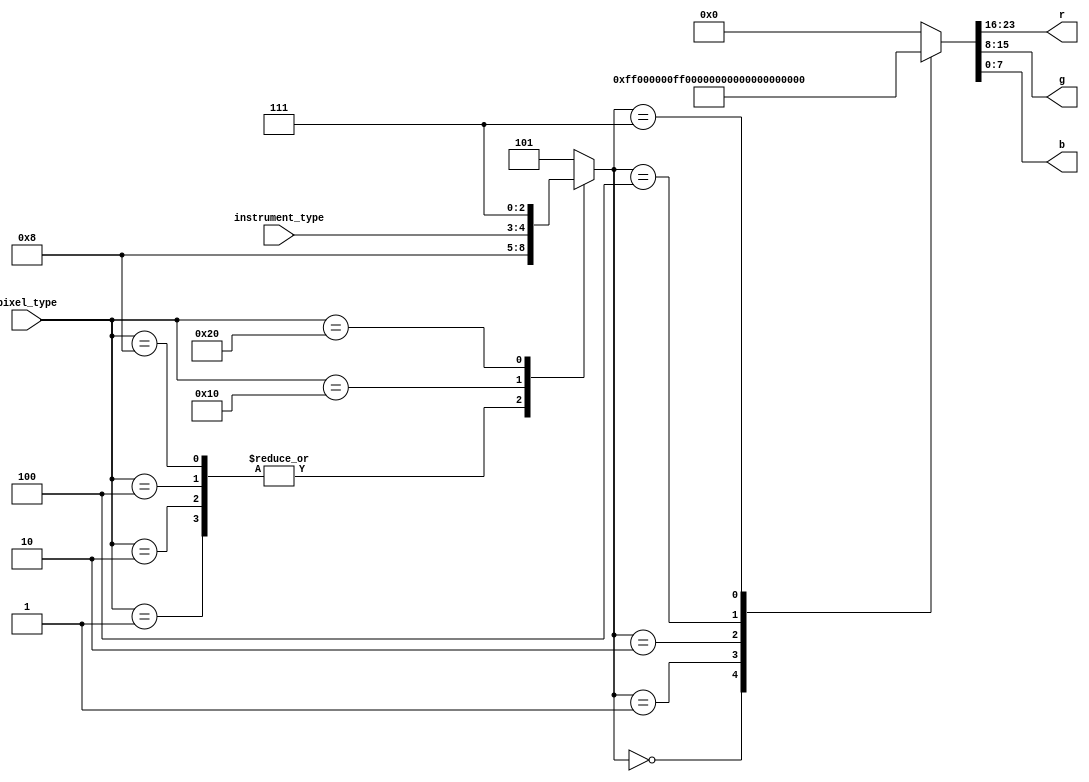
module color (
    input wire [1:0] instrument_type,
    input wire [5:0] pixel_type,
    output reg [7:0] r, g, b
);

reg [2:0] color_choice;

always @(*) begin
    case(pixel_type)
        6'b000001: color_choice = 3'b100;
        6'b000010: color_choice = 3'b100;
        6'b000100: color_choice = 3'b100;
        6'b001000: color_choice = 3'b100;
        6'b010000: color_choice = instrument_type;
        6'b100000: color_choice = 3'b111;
        6'b000000: color_choice = 3'b101;
        default: color_choice = 3'b101;
    endcase
end

always @(*) begin
    case(color_choice)
        3'b000: {r,g,b} = 24'hFF0000;
        3'b001: {r,g,b} = 24'h00FF00;
        3'b010: {r,g,b} = 24'h0000FF;
        3'b100: {r,g,b} = 24'hFFFFFF;
        3'b101: {r,g,b} = 24'h000000;
        3'b111: {r,g,b} = 24'h00FFFF;
        default: {r,g,b} = 24'h000000;
    endcase
end

endmodule